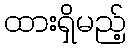
ထားရှိမည့်